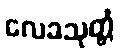
လေခသုတ္တံ